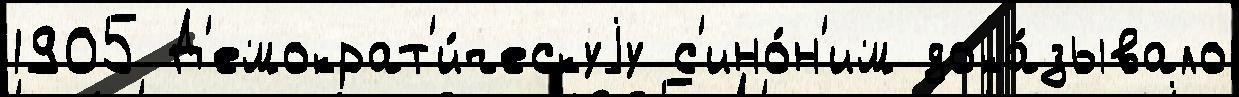
1905 Д'емократ'и́ческуjу с'ино́н'им дока́зывало